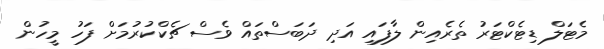
މެޓަލް ޑިޓެކްޓަރު ތެރެއިން ލާފައި އަދި ދަބަސްތައް ވެސް ޗެކްކުރުމަށް ފަހު މީހުން